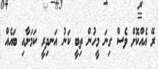
ރޭ އެއްކޮށް ވެސް ގިނަ މީހުން ތިބީ ކަނު އަނދިރީ ކަމަށާއި ބައެއް